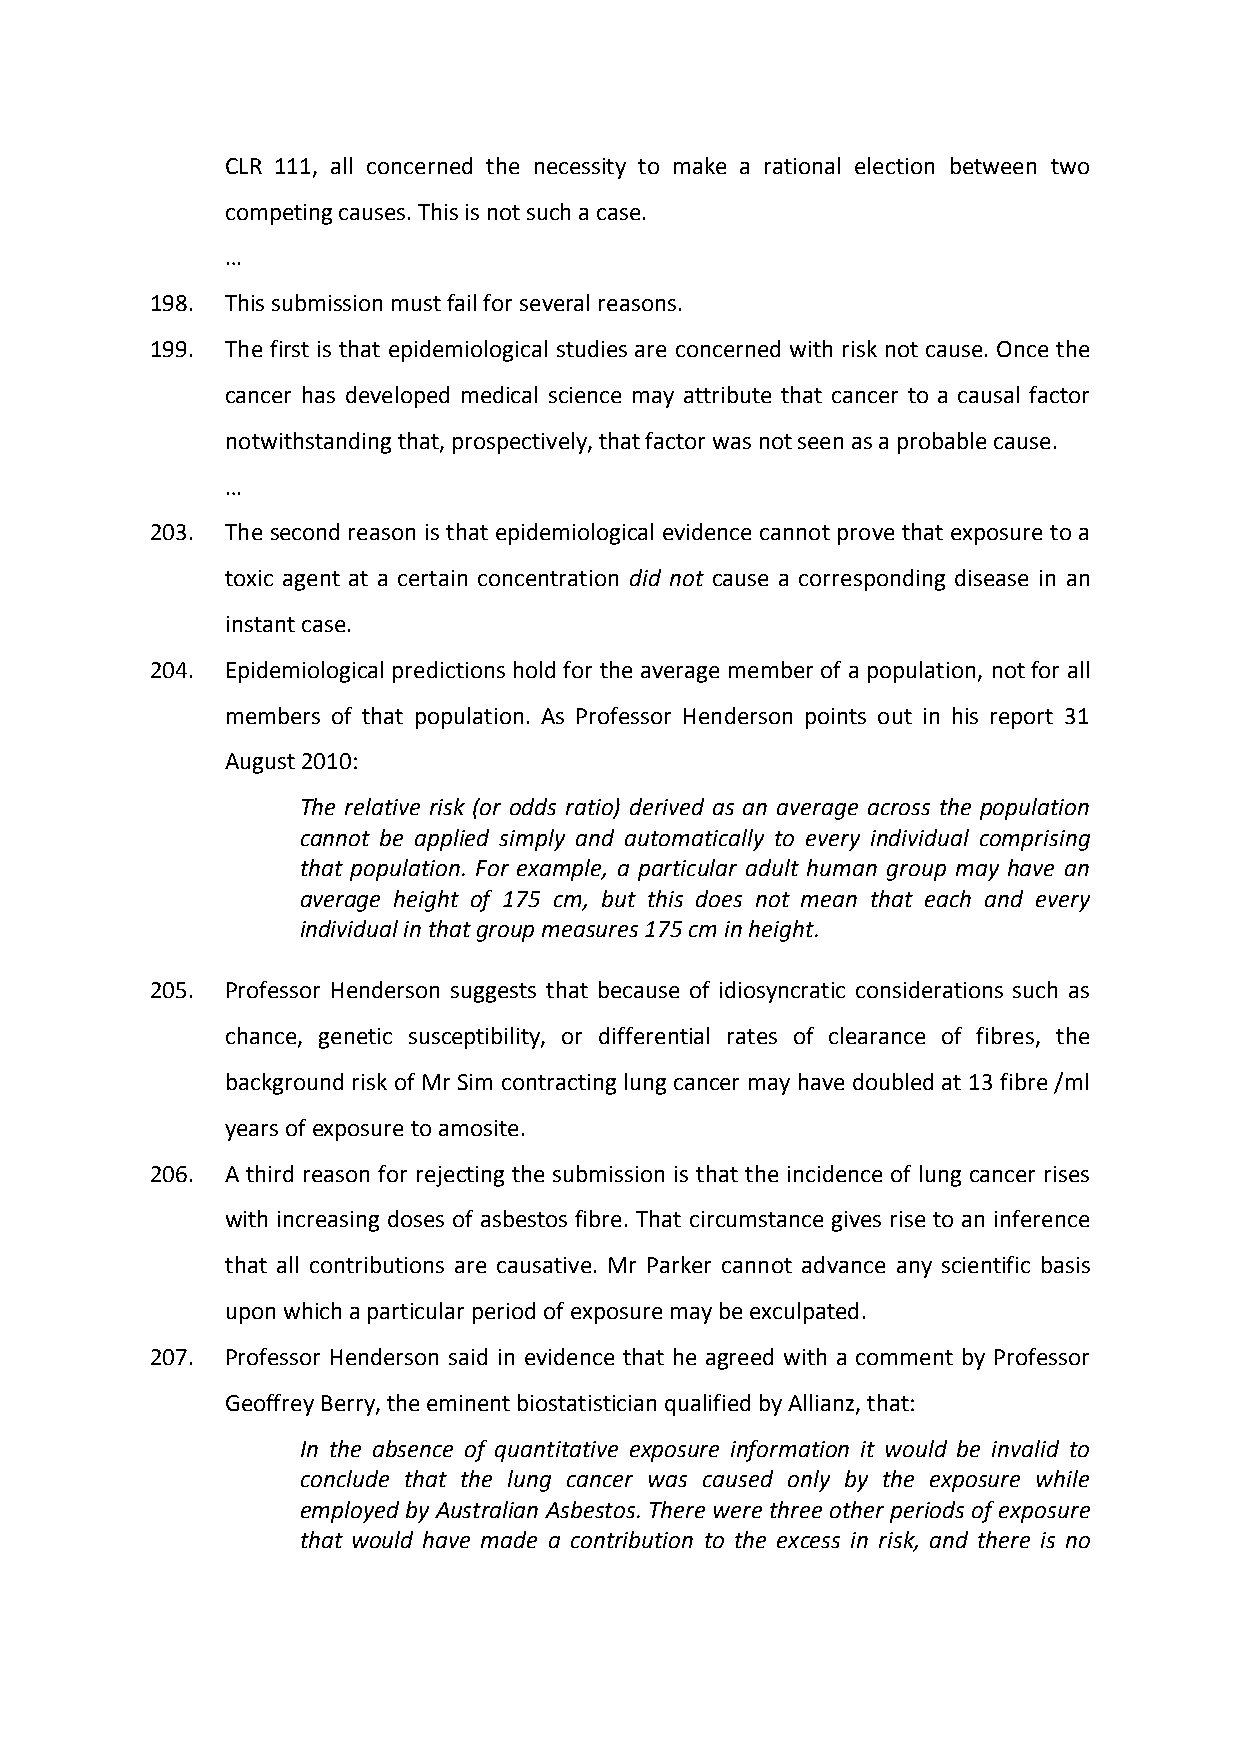
CLR 111, all concerned the necessity to make a rational election between two
 competing causes. This is not such a case.
 …
 198. This submission must fail for several reasons.
 199. The first is that epidemiological studies are concerned with risk not cause. Once the
 cancer has developed medical science may attribute that cancer to a causal factor
 notwithstanding that, prospectively, that factor was not seen as a probable cause.
 …
 203. The second reason is that epidemiological evidence cannot prove that exposure to a
 toxic agent at a certain concentration did not cause a corresponding disease in an
 instant case.
 204. Epidemiological predictions hold for the average member of a population, not for all
 members of that population. As Professor Henderson points out in his report 31
 August 2010:
 The relative risk (or odds ratio) derived as an average across the population
 cannot be applied simply and automatically to every individual comprising
 that population. For example, a particular adult human group may have an
 average height of 175 cm, but this does not mean that each and every
 individual in that group measures 175 cm in height.
 205. Professor Henderson suggests that because of idiosyncratic considerations such as
 chance, genetic susceptibility, or differential rates of clearance of fibres, the
 background risk of Mr Sim contracting lung cancer may have doubled at 13 fibre /ml
 years of exposure to amosite.
 206. A third reason for rejecting the submission is that the incidence of lung cancer rises
 with increasing doses of asbestos fibre. That circumstance gives rise to an inference
 that all contributions are causative. Mr Parker cannot advance any scientific basis
 upon which a particular period of exposure may be exculpated.
 207. Professor Henderson said in evidence that he agreed with a comment by Professor
 Geoffrey Berry, the eminent biostatistician qualified by Allianz, that:
 In the absence of quantitative exposure information it would be invalid to
 conclude that the lung cancer was caused only by the exposure while
 employed by Australian Asbestos. There were three other periods of exposure
 that would have made a contribution to the excess in risk, and there is no